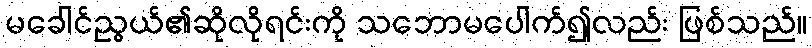
မခေါင်ညွယ်၏ဆိုလိုရင်းကို သဘောမပေါက်၍လည်း ဖြစ်သည်။